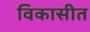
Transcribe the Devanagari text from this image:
विकासीत